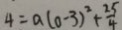
4 = a ( 0 - 3 ) ^ { 2 } + \frac { 2 5 } { 4 }